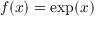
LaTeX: f ( x ) = \exp ( x )